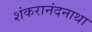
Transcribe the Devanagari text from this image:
शंकरानंदनाथा